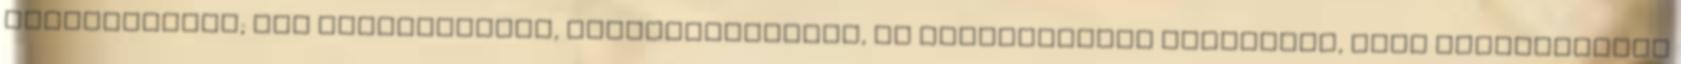
hallgatóiban; így közparkokban, előadótermekben, és utcasarkokon szónokolt, hogy hozzászokjon